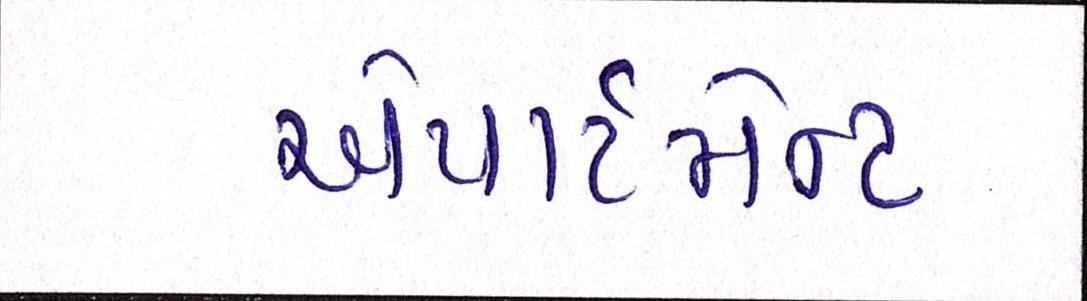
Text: એપાર્ટમેન્ટ